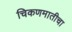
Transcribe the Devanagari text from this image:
चिकणमातीचा